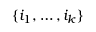
\{ i _ { 1 } , \dots , i _ { k } \}